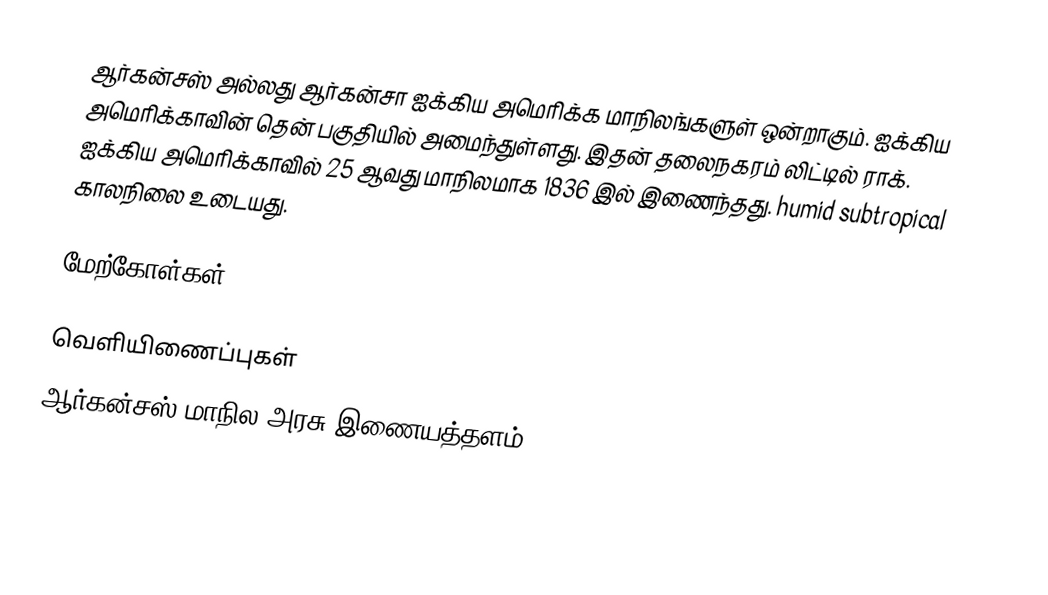
ஆர்கன்சஸ் அல்லது ஆர்கன்சா ஐக்கிய அமெரிக்க மாநிலங்களுள் ஒன்றாகும். ஐக்கிய அமெரிக்காவின் தென் பகுதியில் அமைந்துள்ளது. இதன் தலைநகரம் லிட்டில் ராக். ஐக்கிய அமெரிக்காவில் 25 ஆவது மாநிலமாக 1836 இல் இணைந்தது. humid subtropical காலநிலை உடையது.

மேற்கோள்கள்

வெளியிணைப்புகள்
 ஆர்கன்சஸ் மாநில அரசு இணையத்தளம்